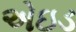
એઇડ